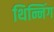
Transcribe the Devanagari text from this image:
थिन्निंग